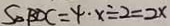
S _ { \Delta B D C } = 4 \cdot x \div 2 = 2 x